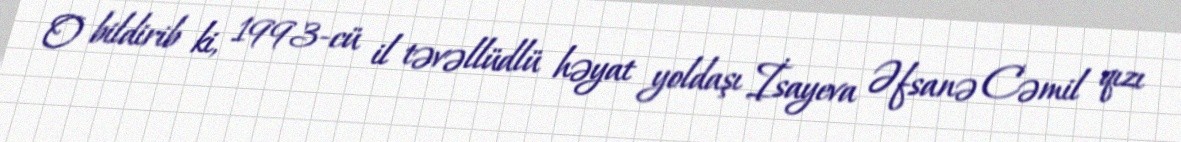
O bildirib ki, 1993-cü il təvəllüdlü həyat yoldaşı İsayeva Əfsanə Cəmil qızı